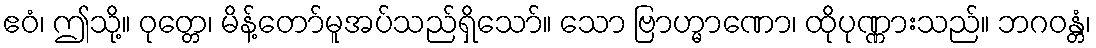
ဧဝံ၊ ဤသို့။ ဝုတ္တေ၊ မိန့်တော်မူအပ်သည်ရှိသော်။ သော ဗြာဟ္မာဏော၊ ထိုပုဏ္ဏားသည်။ ဘဂဝန္တံ၊